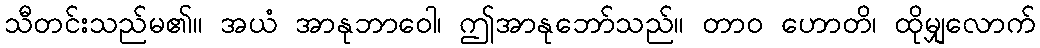
သီတင်းသည်မ၏။ အယံ အာနုဘာဝေါ၊ ဤအာနုဘော်သည်။ တာဝ ဟောတိ၊ ထိုမျှလောက်